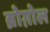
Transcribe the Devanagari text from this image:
ब्रोग़ोल